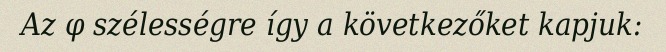
Az φ szélességre így a következőket kapjuk: